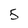
Character: 5